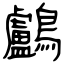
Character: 鸕